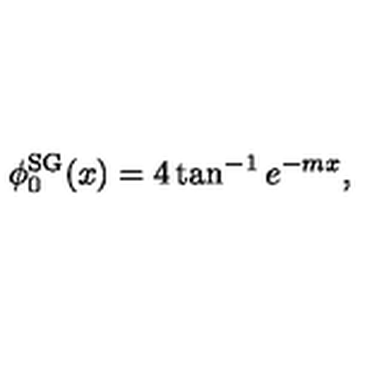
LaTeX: \phi _ { 0 } ^ { \mathrm { S G } } ( x ) = 4 \tan ^ { - 1 } e ^ { - m x } ,